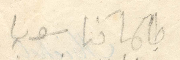
طلما كنا سويا